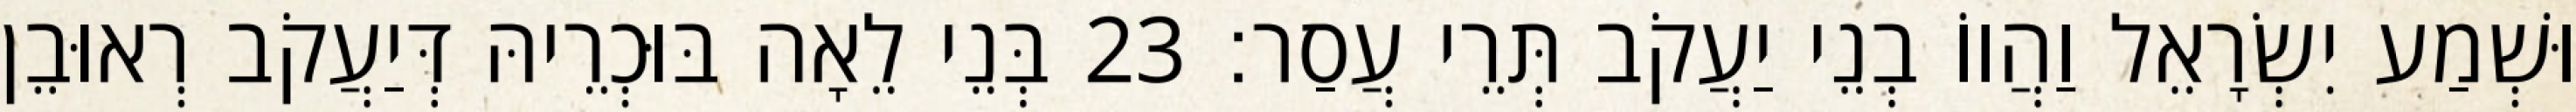
וּשְׁמַע יִשְׂרָאֵל וַהֲווֹ בְנֵי יַעֲקֹב תְּרֵי עֲסַר׃ 23 בְּנֵי לֵאָה בּוּכְרֵיהּ דְּיַעֲקֹב רְאוּבֵן